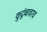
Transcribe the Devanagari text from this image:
कुटुंबावरच